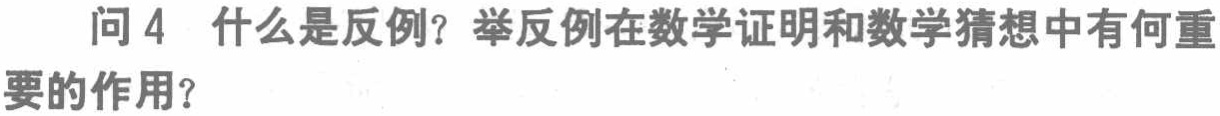
问 4 什么是反例？举反例在数学证明和数学猜想中有何重要的作用？